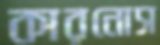
কারনোস